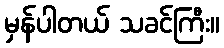
မှန်ပါတယ် သခင်ကြီး။